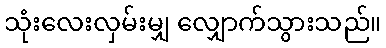
သုံးလေးလှမ်းမျှ လျှောက်သွားသည်။